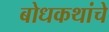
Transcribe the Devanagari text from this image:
बोधकथांचे